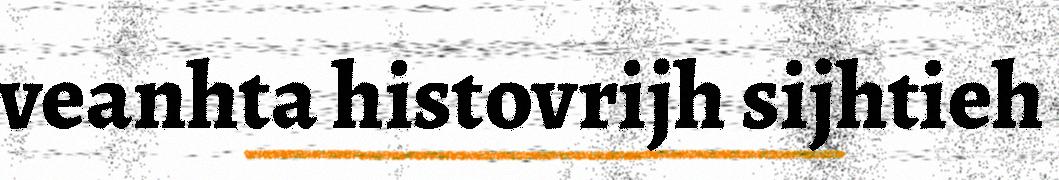
veanhta histovrijh sijhtieh